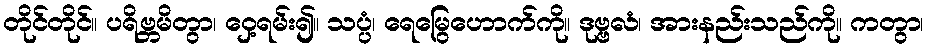
တိုင်တိုင်။ ပရိဗ္ဘမိတွာ၊ ဝှေ့ရမ်း၍။ သပ္ပံ၊ ရေမြွေဟောက်ကို။ ဒုဗ္ဗလံ၊ အားနည်းသည်ကို။ ကတွာ၊